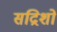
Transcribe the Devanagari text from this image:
सद्रिशों